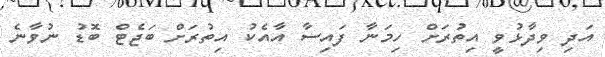
އަދި ވިދާޅުވީ އިތުރަށް ހިމަނާ ފައިސާ އާއެކު އިތުރަށް ބަޖެޓް ބޮޑު ނުވާނެ